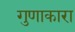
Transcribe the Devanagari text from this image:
गुणाकारा